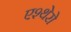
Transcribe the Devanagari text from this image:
एश्थेरो